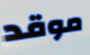
موقد